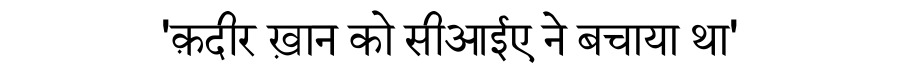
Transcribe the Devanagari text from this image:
'क़दीर ख़ान को सीआईए ने बचाया था'